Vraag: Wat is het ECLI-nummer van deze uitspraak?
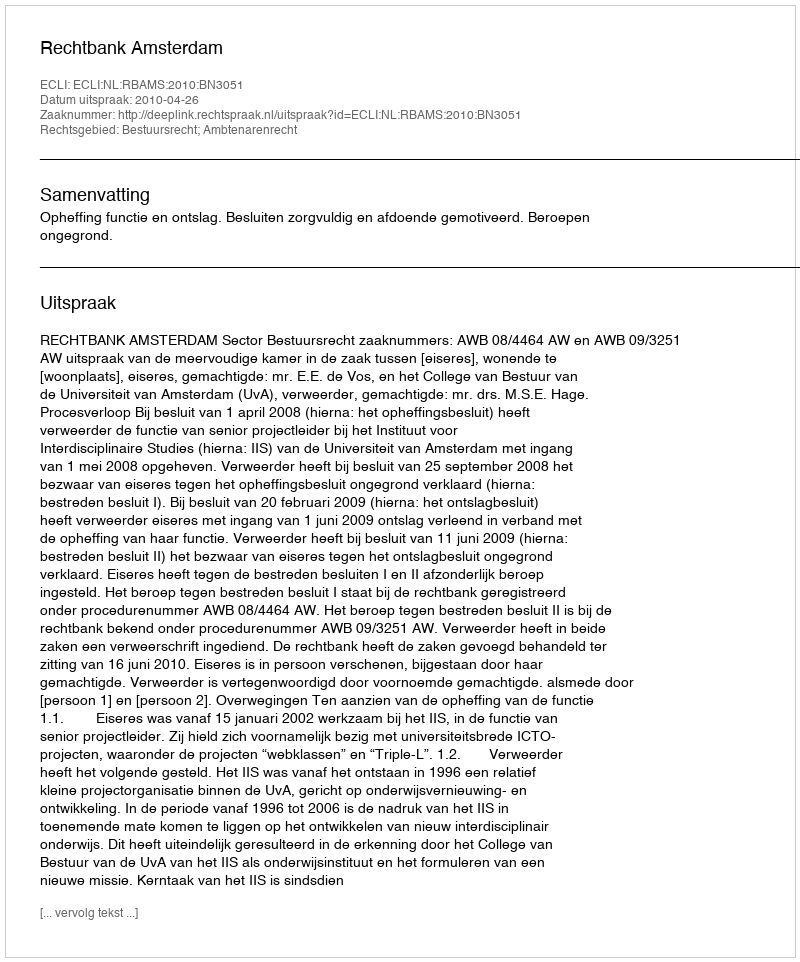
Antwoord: ECLI:NL:RBAMS:2010:BN3051